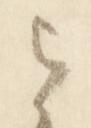
者